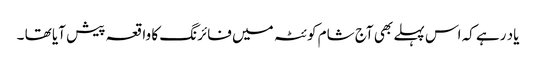
یاد رہے کہ اس پہلے بھی آج شام کوئٹہ میں فائرنگ کا واقعہ پیش آیا تھا ۔